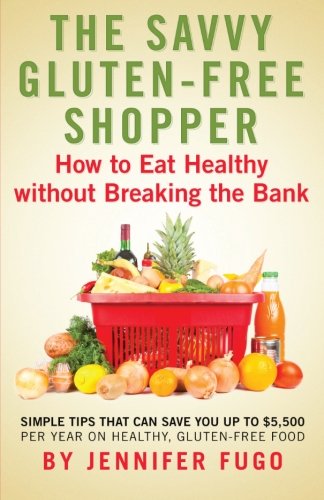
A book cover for The Savvy Gluten-Free Shopper: How to Eat Healthy Without Breaking the Bank; Jennifer Fugo; Health, Fitness & Dieting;